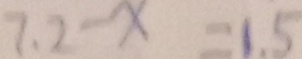
7 . 2 - x = 1 . 5